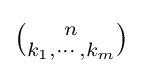
{\tbinom {n}{k_{1},\cdots ,k_{m}}}